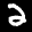
Label: 2